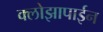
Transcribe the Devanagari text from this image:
क्लोझापाईन